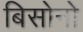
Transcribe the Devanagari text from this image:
बिसोनो